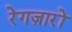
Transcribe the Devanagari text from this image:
रेगज़ारों